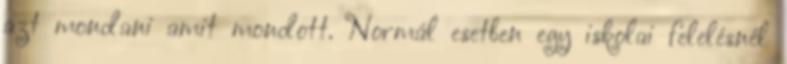
azt mondani amit mondott. Normál esetben egy iskolai felelésnél